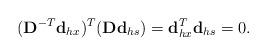
LaTeX: \begin{align*}(\mathbf{D}^{-T}\mathbf{d}_{hx})^{T}(\mathbf{D}\mathbf{d}_{hs})=\mathbf{d}_{hx}^{T}\mathbf{d}_{hs}=0.\end{align*}